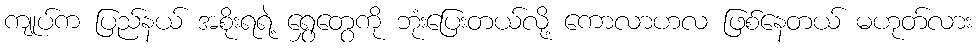
ကျုပ်က ပြည်နယ် အစိုးရရဲ့ ရွှေတွေကို ဘုံးပြေးတယ်လို့ ကောလာဟလ ဖြစ်နေတယ် မဟုတ်လား